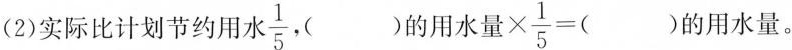
(2)实际比计划节约用水\frac{1}{5}，()的用水量$$\times \frac { 1 } { 5 } =$$()的用水量。